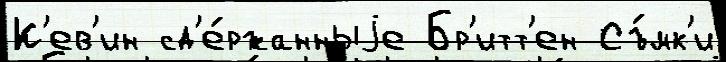
К'ев'ин сд'е́ржанныjе Бр'итт'ен Съ́мк'и